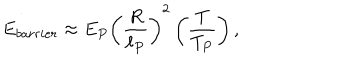
LaTeX: E _ { b a r r i e r } \approx E _ { P } \left( { \frac { R } { \ell _ { P } } } \right) ^ { 2 } \left( { \frac { T } { T _ { P } } } \right) ,